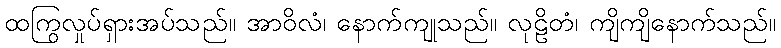
ထကြွလှုပ်ရှားအပ်သည်။ အာဝိလံ၊ နောက်ကျုသည်။ လုဠိတံ၊ ကျိကျိနောက်သည်။